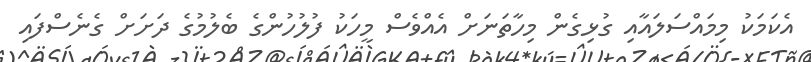
އެކަމަކު މިމައްސަލައާއި ގުޅިގެން މިހާތަނަށް އެއްވެސް މީހަކު ފުލުހުންގެ ބެލުމުގެ ދަށަށް ގެނެސްފައި